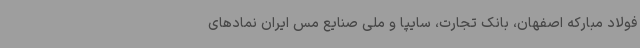
فولاد مبارکه اصفهان، بانک تجارت، سایپا و ملی صنایع مس ایران نمادهای